Lunatic asylums Punjab 1911-1921 - 1911-1921
Year: 1911
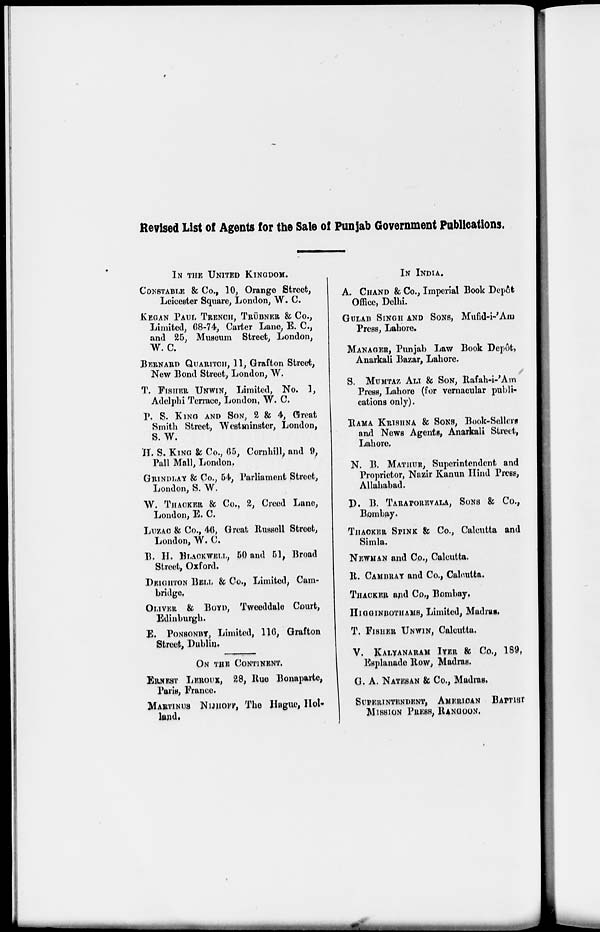
Revised List of Agents for the Sale of Punjab Government Publications.
IN THE UNITED KINGDOM.
CONSTABLE & Co., 10, Orange Street,
Leicester Square, London, W. C.
KEGAN PAUL TRENCH, TRÜBNER & Co.,
Limited, 68-74, Carter Lane, E. C.,
and 25, Museum Street, London,
W. C.
BERNARD QUARITCH, 11, Grafton Street,
New Bond Street, London, W.
T. FISHER UNWIN, Limited, No. 1,
Adelphi Terrace, London, W. C.
P. S. KING AND SON, 2 & 4, Great
Smith Street, Westminster, London,
S. W.
H. S. KING & Co., 65, Cornhill, and 9,
Pall Mall, London.
GRINDLAY & Co., 54, Parliament Street,
London, S. W.
W. THACKER & Co., 2, Creed Lane,
London, E. C.
LUZAC & Co., 46, Great Russell Street,
London, W. C.
B. H. BLACKWELL, 50 and 51, Broad
Street, Oxford.
DEIGHTON BELL & Co., Limited, Cam-
bridge.
OLIVER & BOYD, Tweeddale Court,
Edinburgh.
E. PONSONBY, Limited, 116, Grafton
Street, Dublin.
ON THE CONTINENT.
ERNEST LEROUX, 28, Rue Bonaparte,
Paris, France.
MARTINUS NIJHOFF, The Hague, Hol-
land.
IN INDIA.
A. CHAND & Co., Imperial Book Depôt
Office, Delhi.
GULAB Singh and Sons, Mufid-i-'Am
Press, Lahore.
MANAGER, Punjab Law Book Dep6t,
Anarkali Bazar, Lahore.
S. MUMTAZ ALI & SON, Rafah-i-'Am
Press, Lahore (for vernacular publi-
cations only).
RAMA KRISHNA & SONS, Book-Sellers
and News Agents, Anarkali Street,
Lahore.
N. B. MATHUR, Superintendent and
Proprietor, Nazir Kanun Hind Press,
Allahabad.
D. B. TARAPOREVALA, SONS & Co.,
Bombay.
THACKER SPINK & Co., Calcutta and
Simla.
NEWMAN and Co., Calcutta.
R. CAMBRAY and Co., Calcutta.
THACKER and Co., Bombay,
HIGGINBBOTHAMS,
Limited, Madras.
T. FISHER UNWIN, Calcutta.
V. KALYANARAM IYER & Co., 189,
Esplanade Row, Madras.
G. A. NATESAN & Co., Madras.
SUPERINTENDENT, AMERICAN BAPTIST
MISSION PRESS, RANGOON.